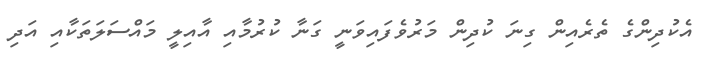
އެކުދިންގެ ތެރެއިން ގިނަ ކުދިން މަރުވެފައިވަނީ ގަނާ ކުރުމާއި އާއިލީ މައްސަލަތަކާއި އަދި